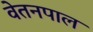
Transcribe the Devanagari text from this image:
वेतनपाल